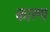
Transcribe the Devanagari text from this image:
कारण्‍ा